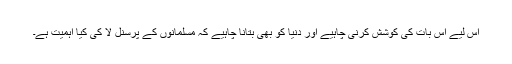
اس لیے اس بات کی کوشش کرنی چاہیے اور دنیا کو بھی بتانا چاہیے کہ مسلمانوں کے پرسنل لا کی کیا اہمیت ہے۔